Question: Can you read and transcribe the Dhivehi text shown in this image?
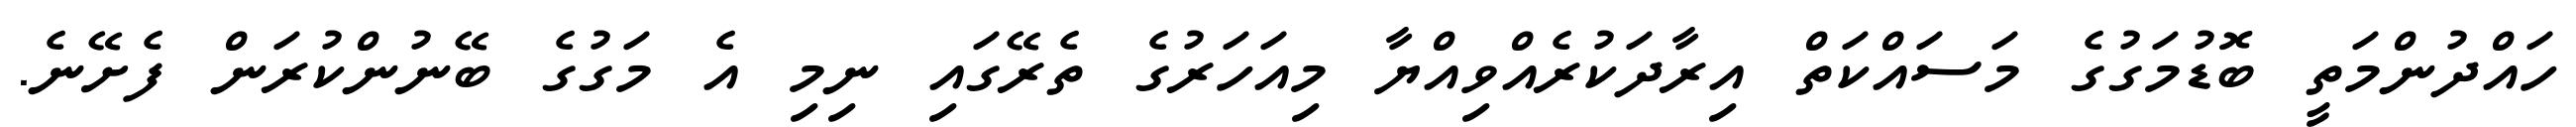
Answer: ހައްދުންމަތީ ބޮޑުމަގުގެ މަސައްކަތް އިރާދަކުރެއްވިއްޔާ މިއަހަރުގެ ތެރޭގައި ނިމި އެ މަގުގެ ބޭނުންކުރަން ފެށޭނެ.